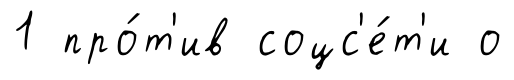
1 про́т'ив соцс'е́т'и о